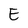
Character: E